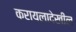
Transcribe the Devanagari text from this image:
करायलादेखील